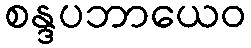
စန္ဒပဘာယေဝ